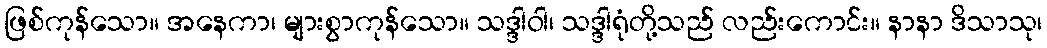
ဖြစ်ကုန်သော။ အနေကာ၊ များစွာကုန်သော။ သဒ္ဒါဝါ၊ သဒ္ဒါရုံတို့သည် လည်းကောင်း။ နာနာ ဒိသာသု၊